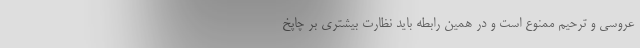
عروسی و ترحیم ممنوع است و در همین رابطه باید نظارت بیشتری بر چاپخ